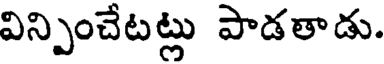
విన్పించేటట్లు పాడతాడు.